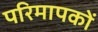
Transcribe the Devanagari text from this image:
परिमापकों